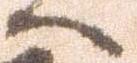
へ